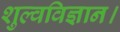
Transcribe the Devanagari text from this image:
शुल्वविज्ञान।